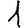
Digit: 1